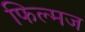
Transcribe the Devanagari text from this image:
फिल्मज